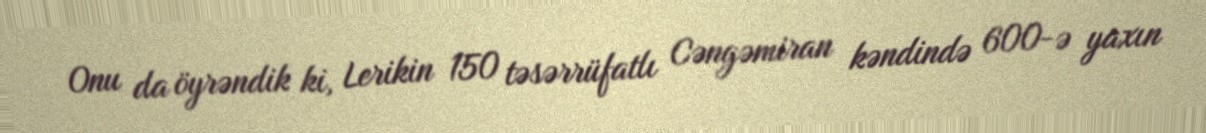
Onu da öyrəndik ki, Lerikin 150 təsərrüfatlı Cəngəmiran kəndində 600-ə yaxın